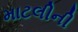
માટલીની